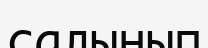
салынып